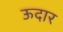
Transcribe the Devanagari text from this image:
ऊदार